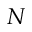
N